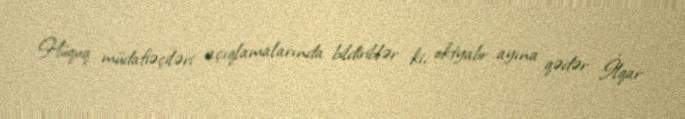
Hüquq müdafiəçiləri açıqlamalarında bildiriblər ki, oktyabr ayına qədər İlqar